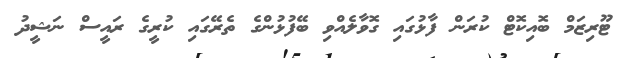
ޓޫރިޒަމް ބޮއިކޮޓް ކުރަން ފާޅުގައި ގޮވާލެއްވި ބޭފުޅުންގެ ތެރޭގައި ކުރީގެ ރައީސް ނަޝީދު